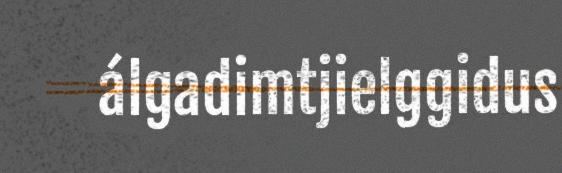
álgadimtjielggidus